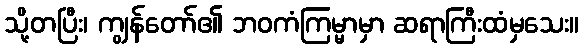
သို့တပြီး၊ ကျွန်တော်၏ ဘဝကံကြမ္မာမှာ ဆရာကြီးထံမှသေး။